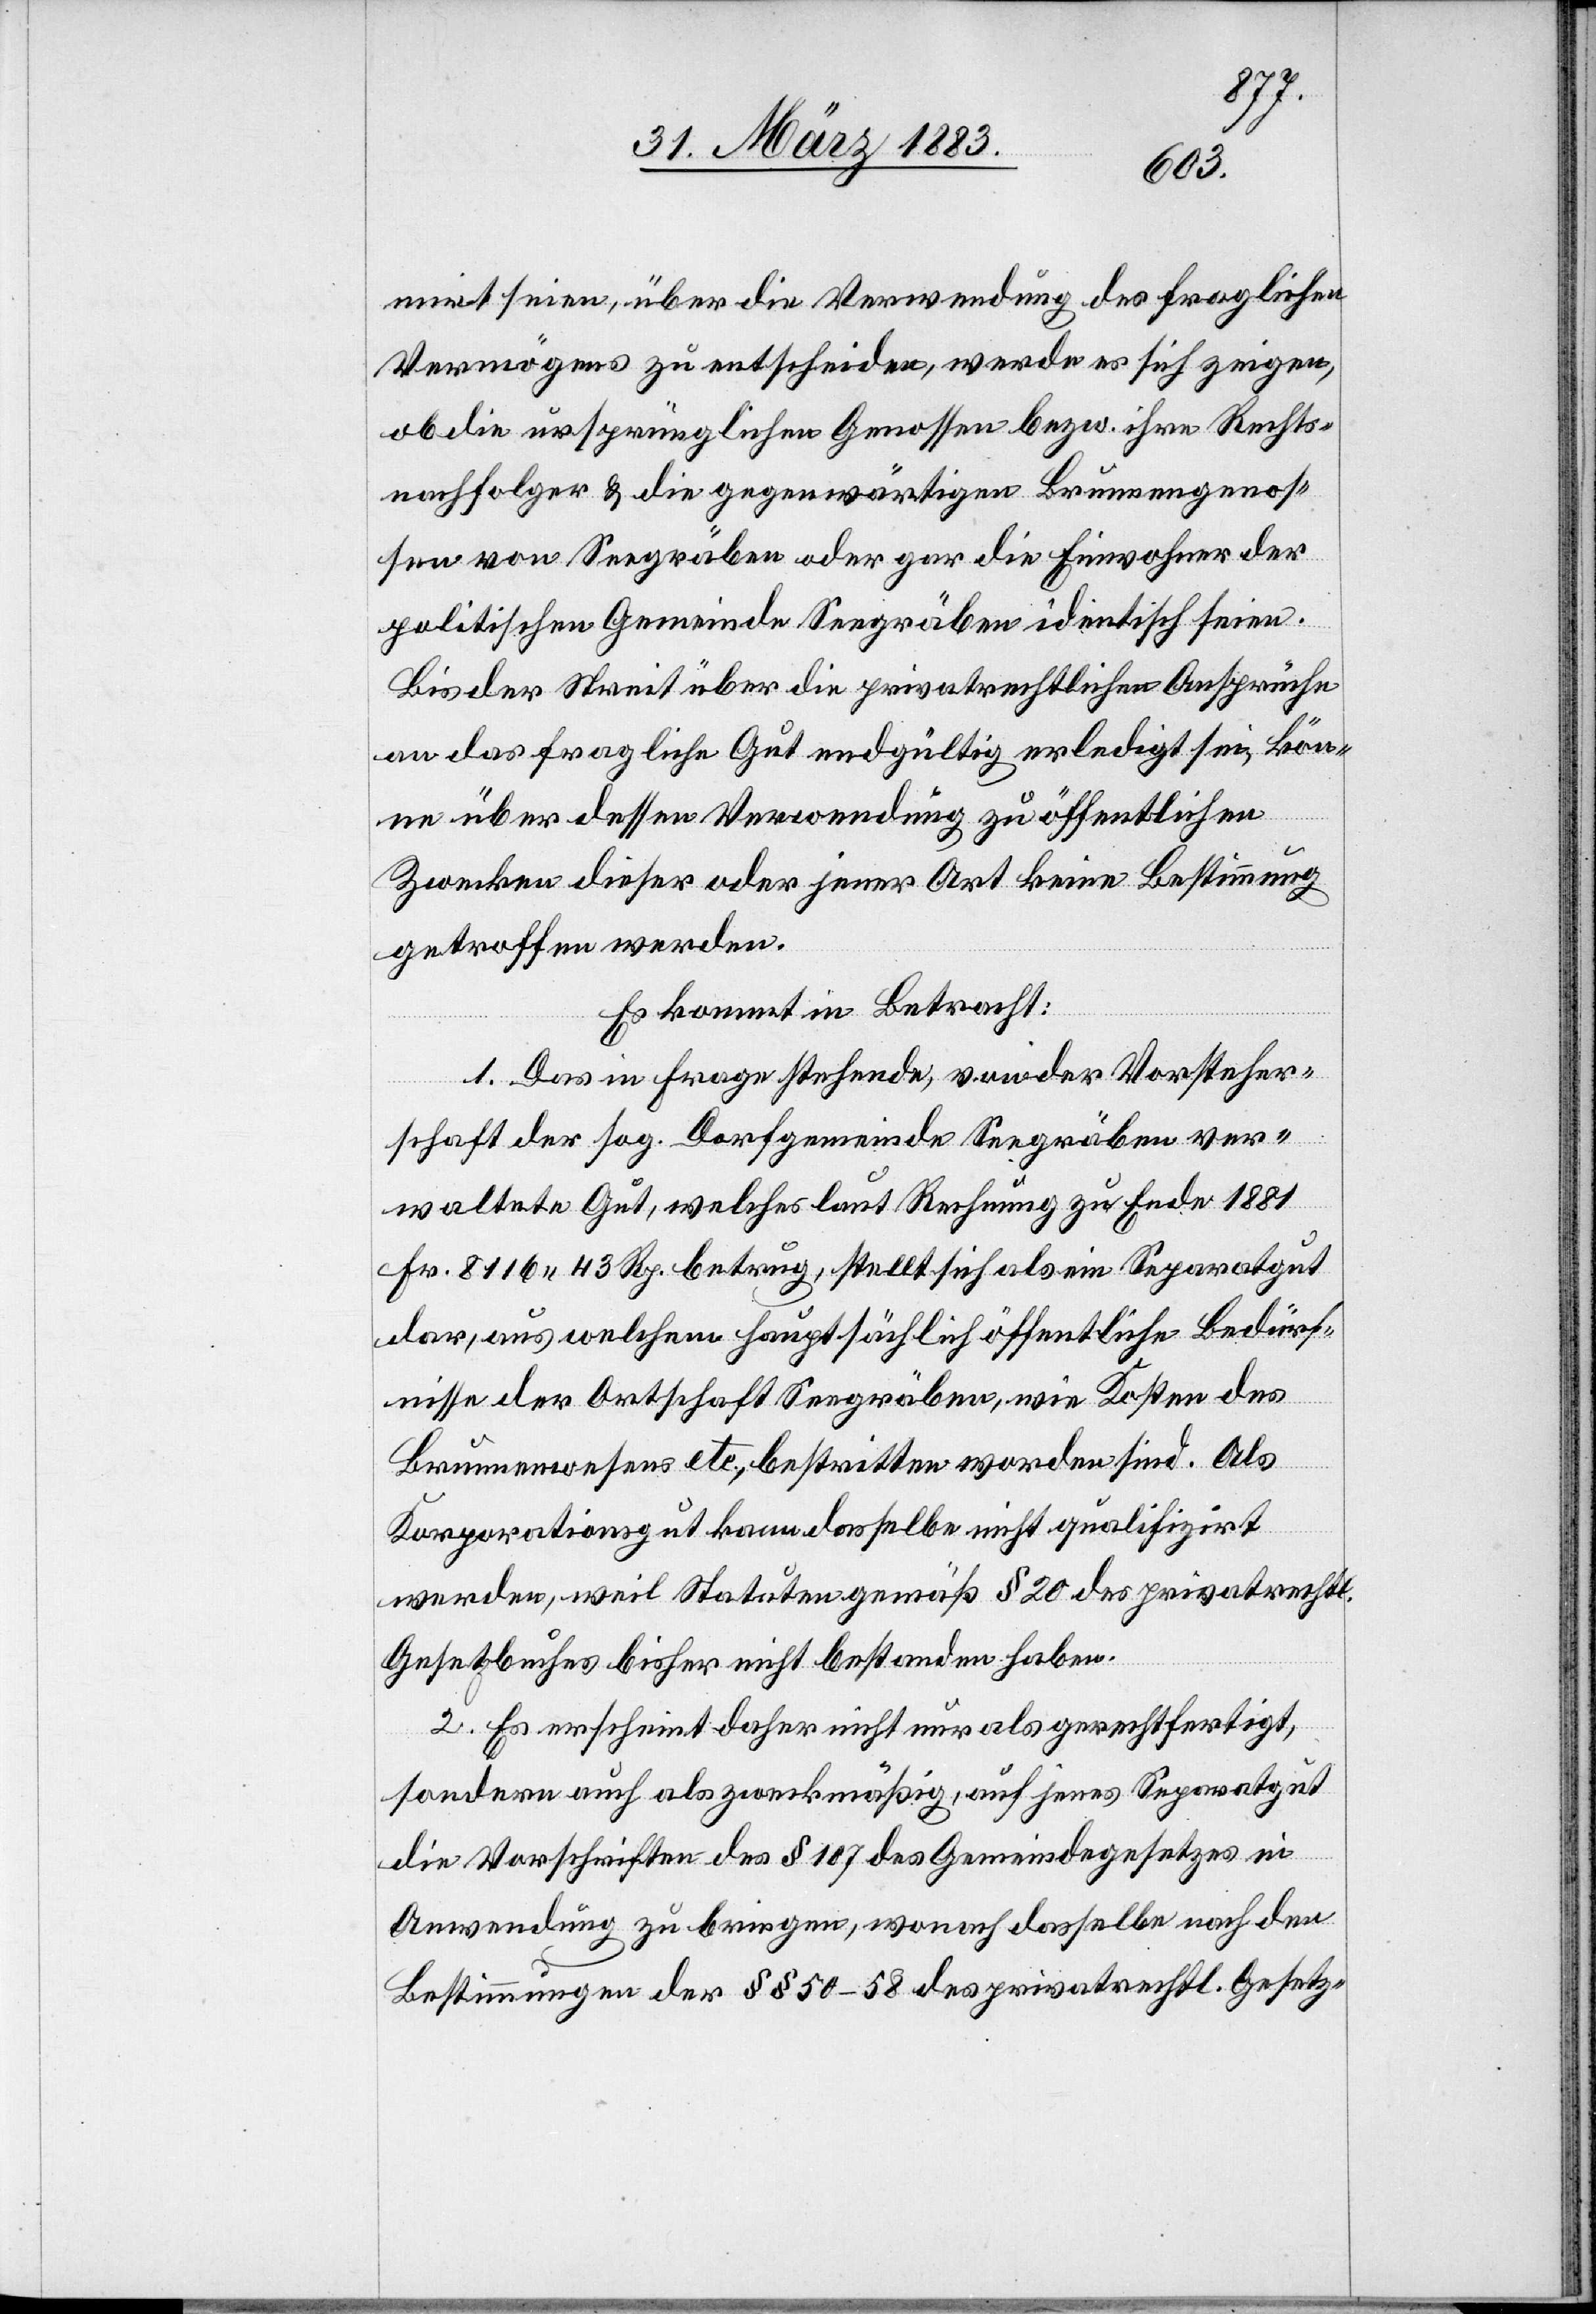
mirt seien, über die Verwendung des fraglichen
Vermögens zu entscheiden, werde es sich zeigen,
ob die ursprünglichen Genossen bezw. ihre Rechts¬
nachfolger & die gegenwärtigen Brunnengenos¬
sen von Seegräben oder gar die Einwohner der
politischen Gemeinde Seegräben identisch seien.
Bis der Streit über die privatrechtlichen Ansprüche
an das fragliche Gut endgültig erledigt sei, kön¬
ne über dessen Verwendung zu öffentlichen
Zwecken dieser oder jener Art keine Bestimmung
getroffen werden.
Es kommt in Betracht:
1. Das in Frage stehende, von der Vorsteher¬
schaft der sog. Dorfgemeinde Seegräben ver¬
waltete Gut, welches laut Rechnung zu Ende 1881
Fr. 8116 43 Rp. betrug, stellt sich als ein Separatgut
dar, aus welchem hauptsächlich öffentliche Bedürf¬
nisse der Ortschaft Seegräben, wie Kosten des
Brunnenwesens etc., bestritten worden sind. Als
Korporationsgut kann dasselbe nicht qualifizirt
werden, weil Statuten gemäß § 20 des privatrechtl.
Gesetzbuches bisher nicht bestanden haben.
2. Es erscheint daher nicht nur als gerechtfertigt,
sondern auch als zweckmäßig, auf jenes Separatgut
die Vorschriften des § 107 des Gemeindegesetzes in
Anwendung zu bringen, wonach dasselbe nach den
Bestimmungen der §§ 50–58 des privatrechtl. Gesetz-